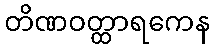
တိဏဝတ္ထာရကေန